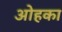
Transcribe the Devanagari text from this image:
ओहका